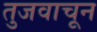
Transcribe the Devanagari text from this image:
तुजवाचून